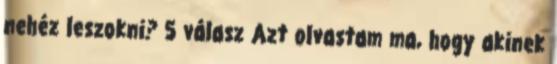
nehéz leszokni? 5 válasz Azt olvastam ma, hogy akinek